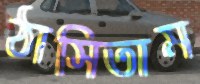
ঠাসিতাম